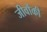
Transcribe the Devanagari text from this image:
जीवोंकी